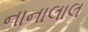
નાનાલાલ